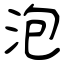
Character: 泡